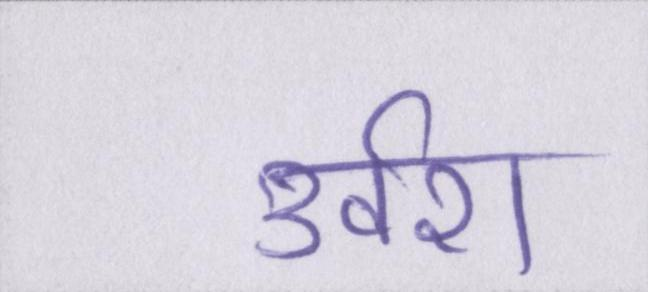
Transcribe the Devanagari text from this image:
उर्वरा